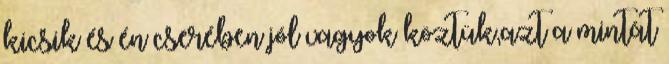
kicsik és én cserében jól vagyok köztük,azt a mintát